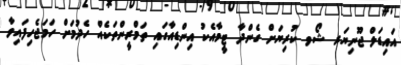
އައިޑަލް ޖޫނިޔަރ ޝޯވ ކުރިޔަށް ގެންދާ ޓީމާއެކު އިންޑިއާގައި ތަމްރީންތަކެއް ހެދުމަށް ހަމަޖެހިފައިވާ